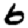
Digit: 6